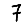
Digit: 7